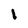
Character: I